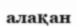
алақан